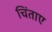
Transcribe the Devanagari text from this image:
चिंताए